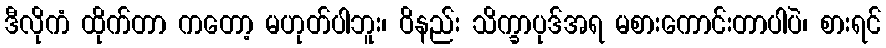
ဒီလိုကံ ထိုက်တာ ကတော့ မဟုတ်ပါဘူး၊ ဝိနည်း သိက္ခာပုဒ်အရ မစားကောင်းတာပါပဲ၊ စားရင်